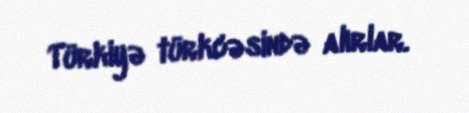
Türkiyə türkcəsində alırlar.